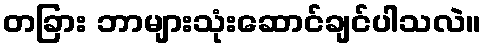
တခြား ဘာများသုံးဆောင်ချင်ပါသလဲ။